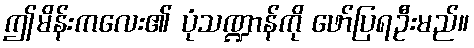
ဤမိန်းကလေး၏ ပုံသဏ္ဍာန်ကို ဖော်ပြရဦးမည်။